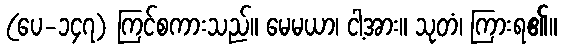
(ပေ-၁၄၇) ကြင်စကားသည်။ မေမယာ၊ ငါ့အား။ သုတံ၊ ကြားရ၏။